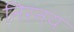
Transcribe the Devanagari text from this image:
निरनय